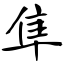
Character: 隼